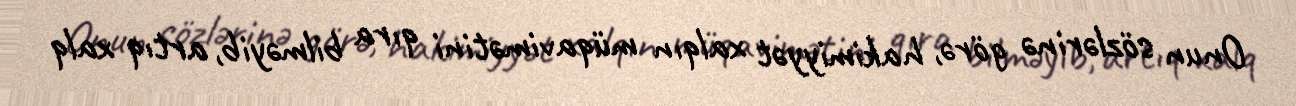
Onun sözlərinə görə, hakimiyyət xalqın müqavimətini qıra bilməyib, artıq xalq